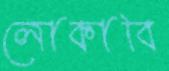
লোকাবি